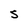
Character: S